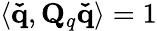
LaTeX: \langle\mathbf{\check{q}},\mathbf{Q}_{q}\mathbf{\check{q}}\rangle=1